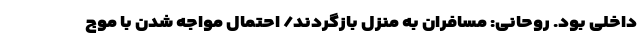
داخلی بود. روحانی: مسافران به منزل بازگردند/ احتمال مواجه شدن با موج